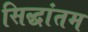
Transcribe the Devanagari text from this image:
सिद्धांतम